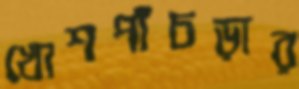
খোশপাঁচড়ার